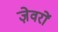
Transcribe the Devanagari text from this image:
जे़वरों